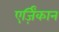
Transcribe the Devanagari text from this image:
एर्ज़िंकान